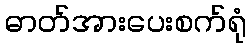
ဓာတ်အားပေးစက်ရုံ